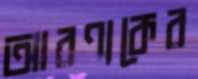
আরণ্যকের